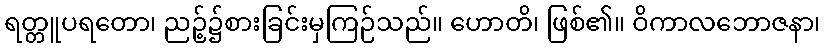
ရတ္တူပရတော၊ ညဉ့်၌စားခြင်းမှကြဉ်သည်။ ဟောတိ၊ ဖြစ်၏။ ဝိကာလဘောဇနာ၊